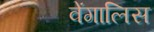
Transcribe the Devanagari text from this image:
वेंगालिस